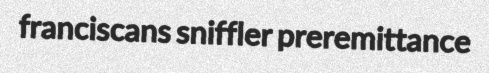
franciscans sniffler preremittance